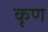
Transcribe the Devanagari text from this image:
कृण